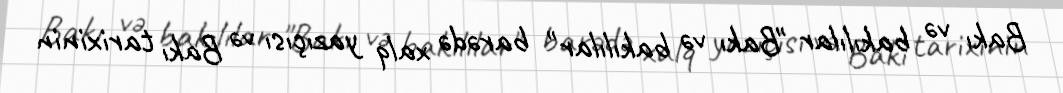
Bakı və bakılılar "Bakı və bakılılar" barədə xalq yazıçısı və Bakı tarixinin